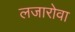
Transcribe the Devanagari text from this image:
लजारोवा